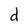
Character: d